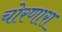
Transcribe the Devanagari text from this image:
चोरणारा